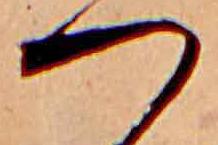
つ